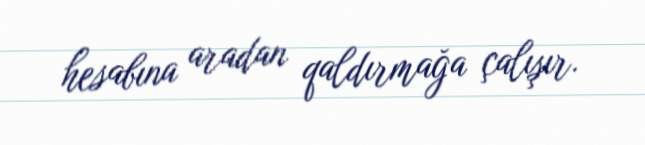
hesabına aradan qaldırmağa çalışır.